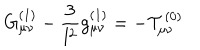
G _ { \mu \nu } ^ { ( 1 ) } - \frac { 3 } { l ^ { 2 } } g _ { \mu \nu } ^ { ( 1 ) } = - { \cal T } _ { \mu \nu } ^ { ( 0 ) }